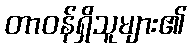
တာဝန်ရှိသူများ၏